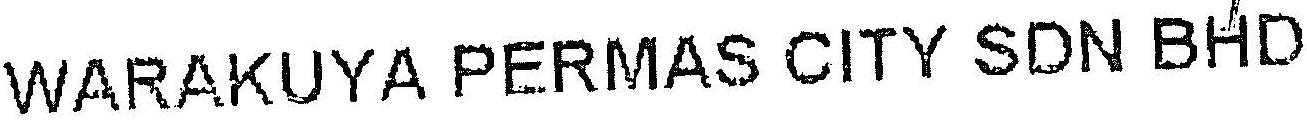
WARAKUYA PERMAS CITY SDN BHD